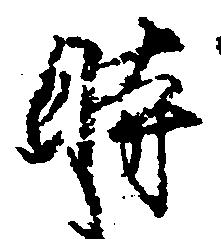
時